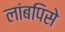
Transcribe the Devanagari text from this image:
लांबपिसे